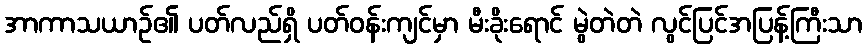
အာကာသယာဉ်၏ ပတ်လည်ရှိ ပတ်ဝန်းကျင်မှာ မီးခိုးရောင် မွဲတဲတဲ လွင်ပြင်အပြန့်ကြီးသာ